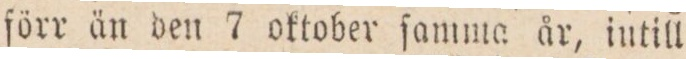
ſörr än den 7 oktober ſamma år, intill